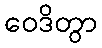
ဝေဒိတွာ